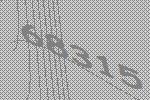
68315